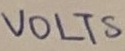
Text: VOLTS